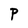
Character: P